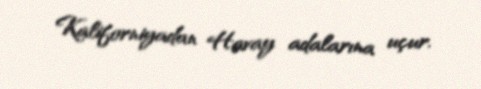
Kaliforniyadan Havay adalarına uçur.